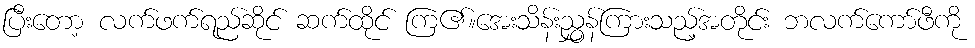
ပြီးတော့ လက်ဖက်ရည်ဆိုင် ဆက်ထိုင် ကြ၏။အေးသိန်းညွှန်ကြားသည့်အတိုင်း ဘလက်ကော်ဖီကို